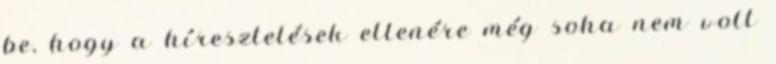
be, hogy a híresztelések ellenére még soha nem volt